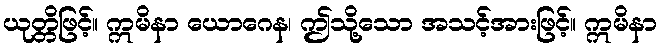
ယုတ္တိဖြင့်။ ဣမိနာ ယောဂေန၊ ဤသို့သော အသင့်အားဖြင့်။ ဣမိနာ